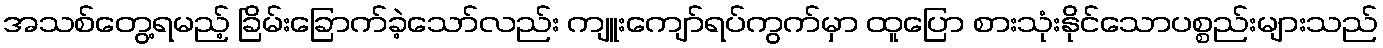
အသစ်တွေ့ရမည့် ခြိမ်းခြောက်ခဲ့သော်လည်း ကျူးကျော်ရပ်ကွက်မှာ ထူပြော စားသုံးနိုင်သောပစ္စည်းများသည်